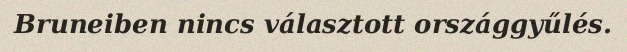
Bruneiben nincs választott országgyűlés.